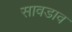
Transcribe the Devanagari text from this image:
सावडाव